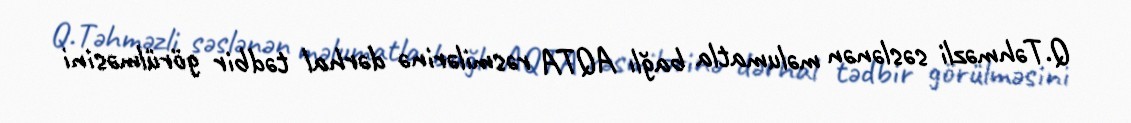
Q.Təhməzli səslənən məlumatla bağlı AQTA rəsmilərinə dərhal tədbir görülməsini